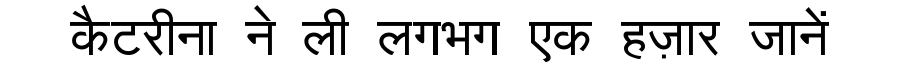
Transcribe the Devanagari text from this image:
कैटरीना ने ली लगभग एक हज़ार जानें